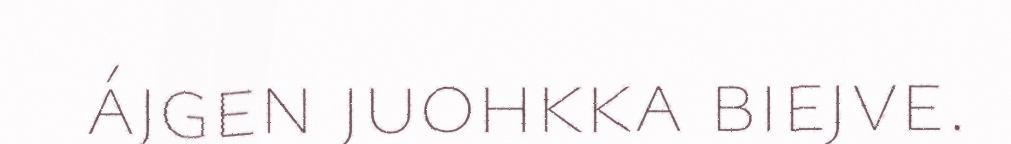
ájgen juohkka biejve.